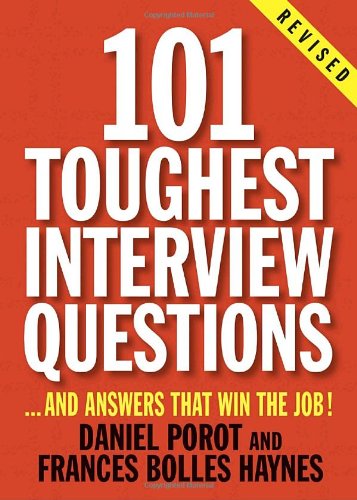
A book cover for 101 Toughest Interview Questions: And Answers That Win the Job! (101 Toughest Interview Questions & Answers That Win the Job); Daniel Porot; Business & Money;